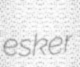
esker